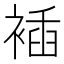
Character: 䙄